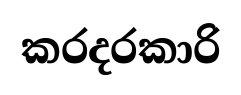
කරදරකාරි